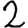
Digit: 2